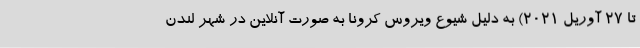
تا 27 آوریل 2021) به دلیل شیوع ویروس کرونا به صورت آنلاین در شهر لندن